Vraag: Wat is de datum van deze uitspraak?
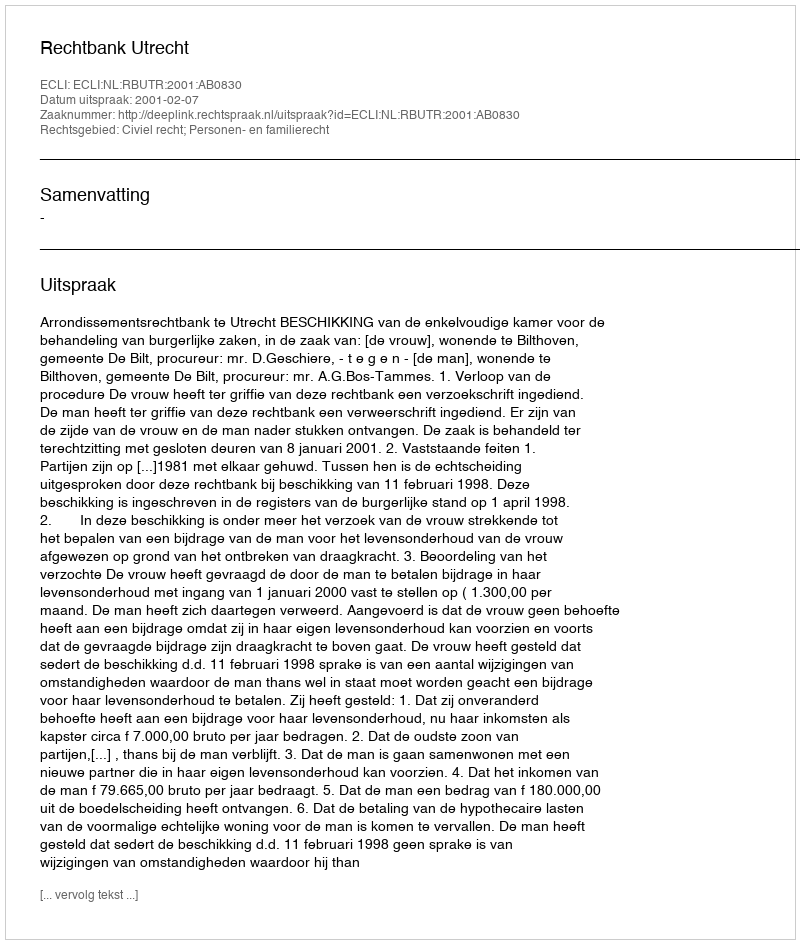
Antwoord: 2001-02-07